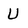
Character: U